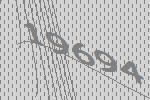
19694